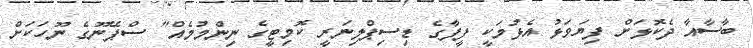
ބާސާއާ ދެކޮޅަށް ފިޔަވަޅު އެޅުމަކީ ފީފާގެ ޑިސިޕްލިނަރީ ކޮމިޓީގެ ނިންމުމެއް" ސްޕޭނޫގެ ނޫހަކަށް